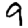
Digit: 9